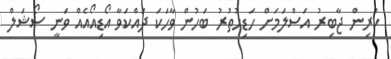
ކުރިން ޖާބިރު އަސްލަމަށް ހަޑިހުތުރު ބަހުން ވާހަކަ ދައްކަވާ އޯޑިއޯއެއް ވަނީ ސޯޝަލް